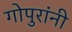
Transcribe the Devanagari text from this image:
गोपुरांनी